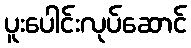
ပူးပေါင်းလုပ်ဆောင်